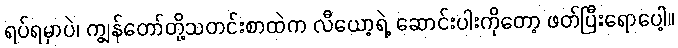
ရပ်ရမှာပဲ၊ ကျွန်တော်တို့သတင်းစာထဲက လီယော့ရဲ့ ဆောင်းပါးကိုတော့ ဖတ်ပြီးရောပေါ့။